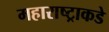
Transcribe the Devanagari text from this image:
महाराष्ट्राकडे